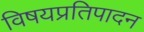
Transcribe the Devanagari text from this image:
विषयप्रतिपादन